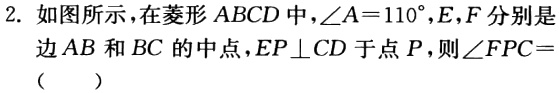
2. 如图所示，在菱形 \(ABCD\) 中，\(\angle A = 110^{\circ}\)，\(E,F\) 分别是边 \(AB\) 和 \(BC\) 的中点，\(EP\perp CD\) 于点 \(P\)，则 \(\angle FPC=\)（  ）